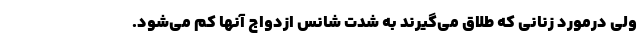
ولی درمورد زنانی که طلاق می‌گیرند به شدت شانس ازدواج آنها کم می‌شود.